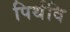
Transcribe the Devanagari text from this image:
पिर्थवि